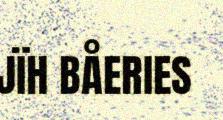
JÏH BÅERIES